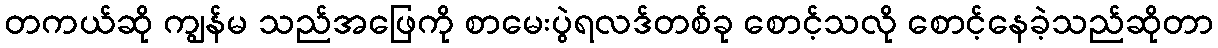
တကယ်ဆို ကျွန်မ သည်အဖြေကို စာမေးပွဲရလဒ်တစ်ခု စောင့်သလို စောင့်နေခဲ့သည်ဆိုတာ